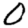
Digit: 0